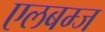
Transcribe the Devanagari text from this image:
एलबम्ज